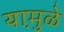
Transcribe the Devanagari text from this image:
यामु़ळे